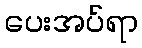
ပေးအပ်ရာ